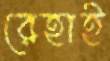
রেহাই